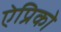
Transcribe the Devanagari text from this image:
ऐप्रिको